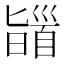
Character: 䭬